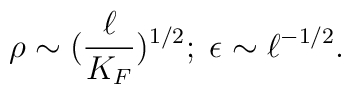
\rho \sim (\frac{\ell}{K_F})^{1/2};\;\epsilon \sim \ell^{-1/2}.